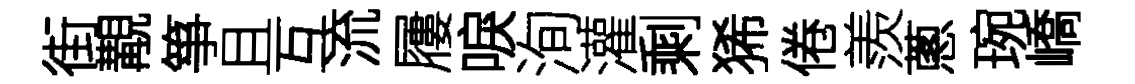
街覯箏且互流屨唳洵灌剩狶倦羨蔥琬嶠